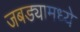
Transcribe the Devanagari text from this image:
जबड्यामध्ये